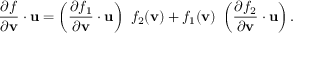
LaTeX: { \frac { \partial f } { \partial \mathbf { v } } } \cdot \mathbf { u } = \left( { \frac { \partial f _ { 1 } } { \partial \mathbf { v } } } \cdot \mathbf { u } \right) ~ f _ { 2 } ( \mathbf { v } ) + f _ { 1 } ( \mathbf { v } ) ~ \left( { \frac { \partial f _ { 2 } } { \partial \mathbf { v } } } \cdot \mathbf { u } \right) .